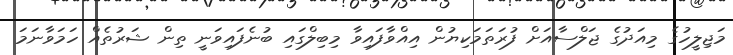
މަޖިލީހުގެ މިއަދުގެ ޖަލްސާއަށް ފުރަތަމަކިޔުން އިއްވާފައިވާ މިބިލްގައި ބުނެފައިވަނީ ތިން ޝަރުތެއް ހަމަވާނަމަ